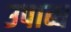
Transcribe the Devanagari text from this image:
उपाब्ध